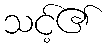
သင့်၏